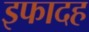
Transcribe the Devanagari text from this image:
इफादह